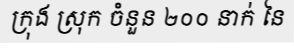
ក្រុង ស្រុក ចំនួន ២០០ នាក់ នៃ